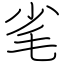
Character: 毟